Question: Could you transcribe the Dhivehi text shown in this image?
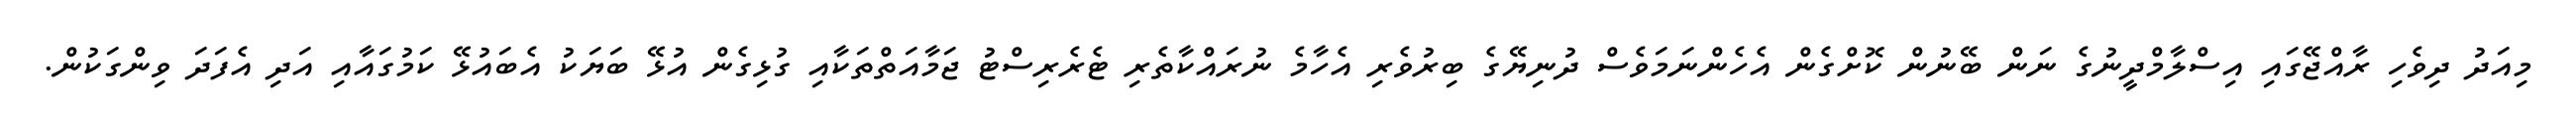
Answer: މިއަދު ދިވެހި ރާއްޖޭގައި އިސްލާމްދީނުގެ ނަން ބޭނުން ކޮށްގެން އެހެންނަމަވެސް ދުނިޔޭގެ ބިރުވެރި އެހާމެ ނުރައްކާތެރި ޓެރެރިސްޓު ޖަމާއަތްތަކާއި ގުޅިގެން އުޅޭ ބަޔަކު އެބައުޅޭ ކަމުގައާއި އަދި އެފަދަ ވިންގަކުން.